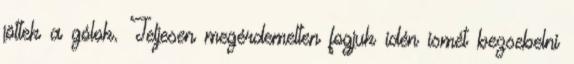
jöttek a gólok. Teljesen megérdemelten fogjuk idén ismét bezsebelni